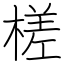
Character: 槎